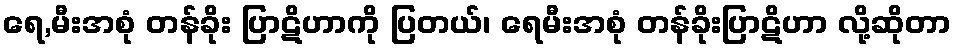
ရေ,မီးအစုံ တန်ခိုး ပြာဋိဟာကို ပြတယ်၊ ရေမီးအစုံ တန်ခိုးပြာဋိဟာ လို့ဆိုတာ